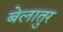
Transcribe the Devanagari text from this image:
बेलातुर